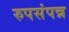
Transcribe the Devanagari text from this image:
रुपसंपन्न